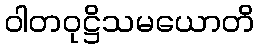
ဝါတဝုဋ္ဌိသမယောတိ